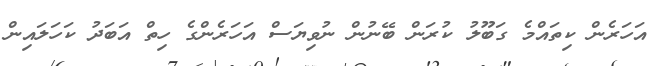
އަހަރެން ކިތައްމެ ގަބޫލު ކުރަން ބޭނުން ނުވިޔަސް އަހަރެންގެ ހިތް އަބަދު ކަހަލައިން